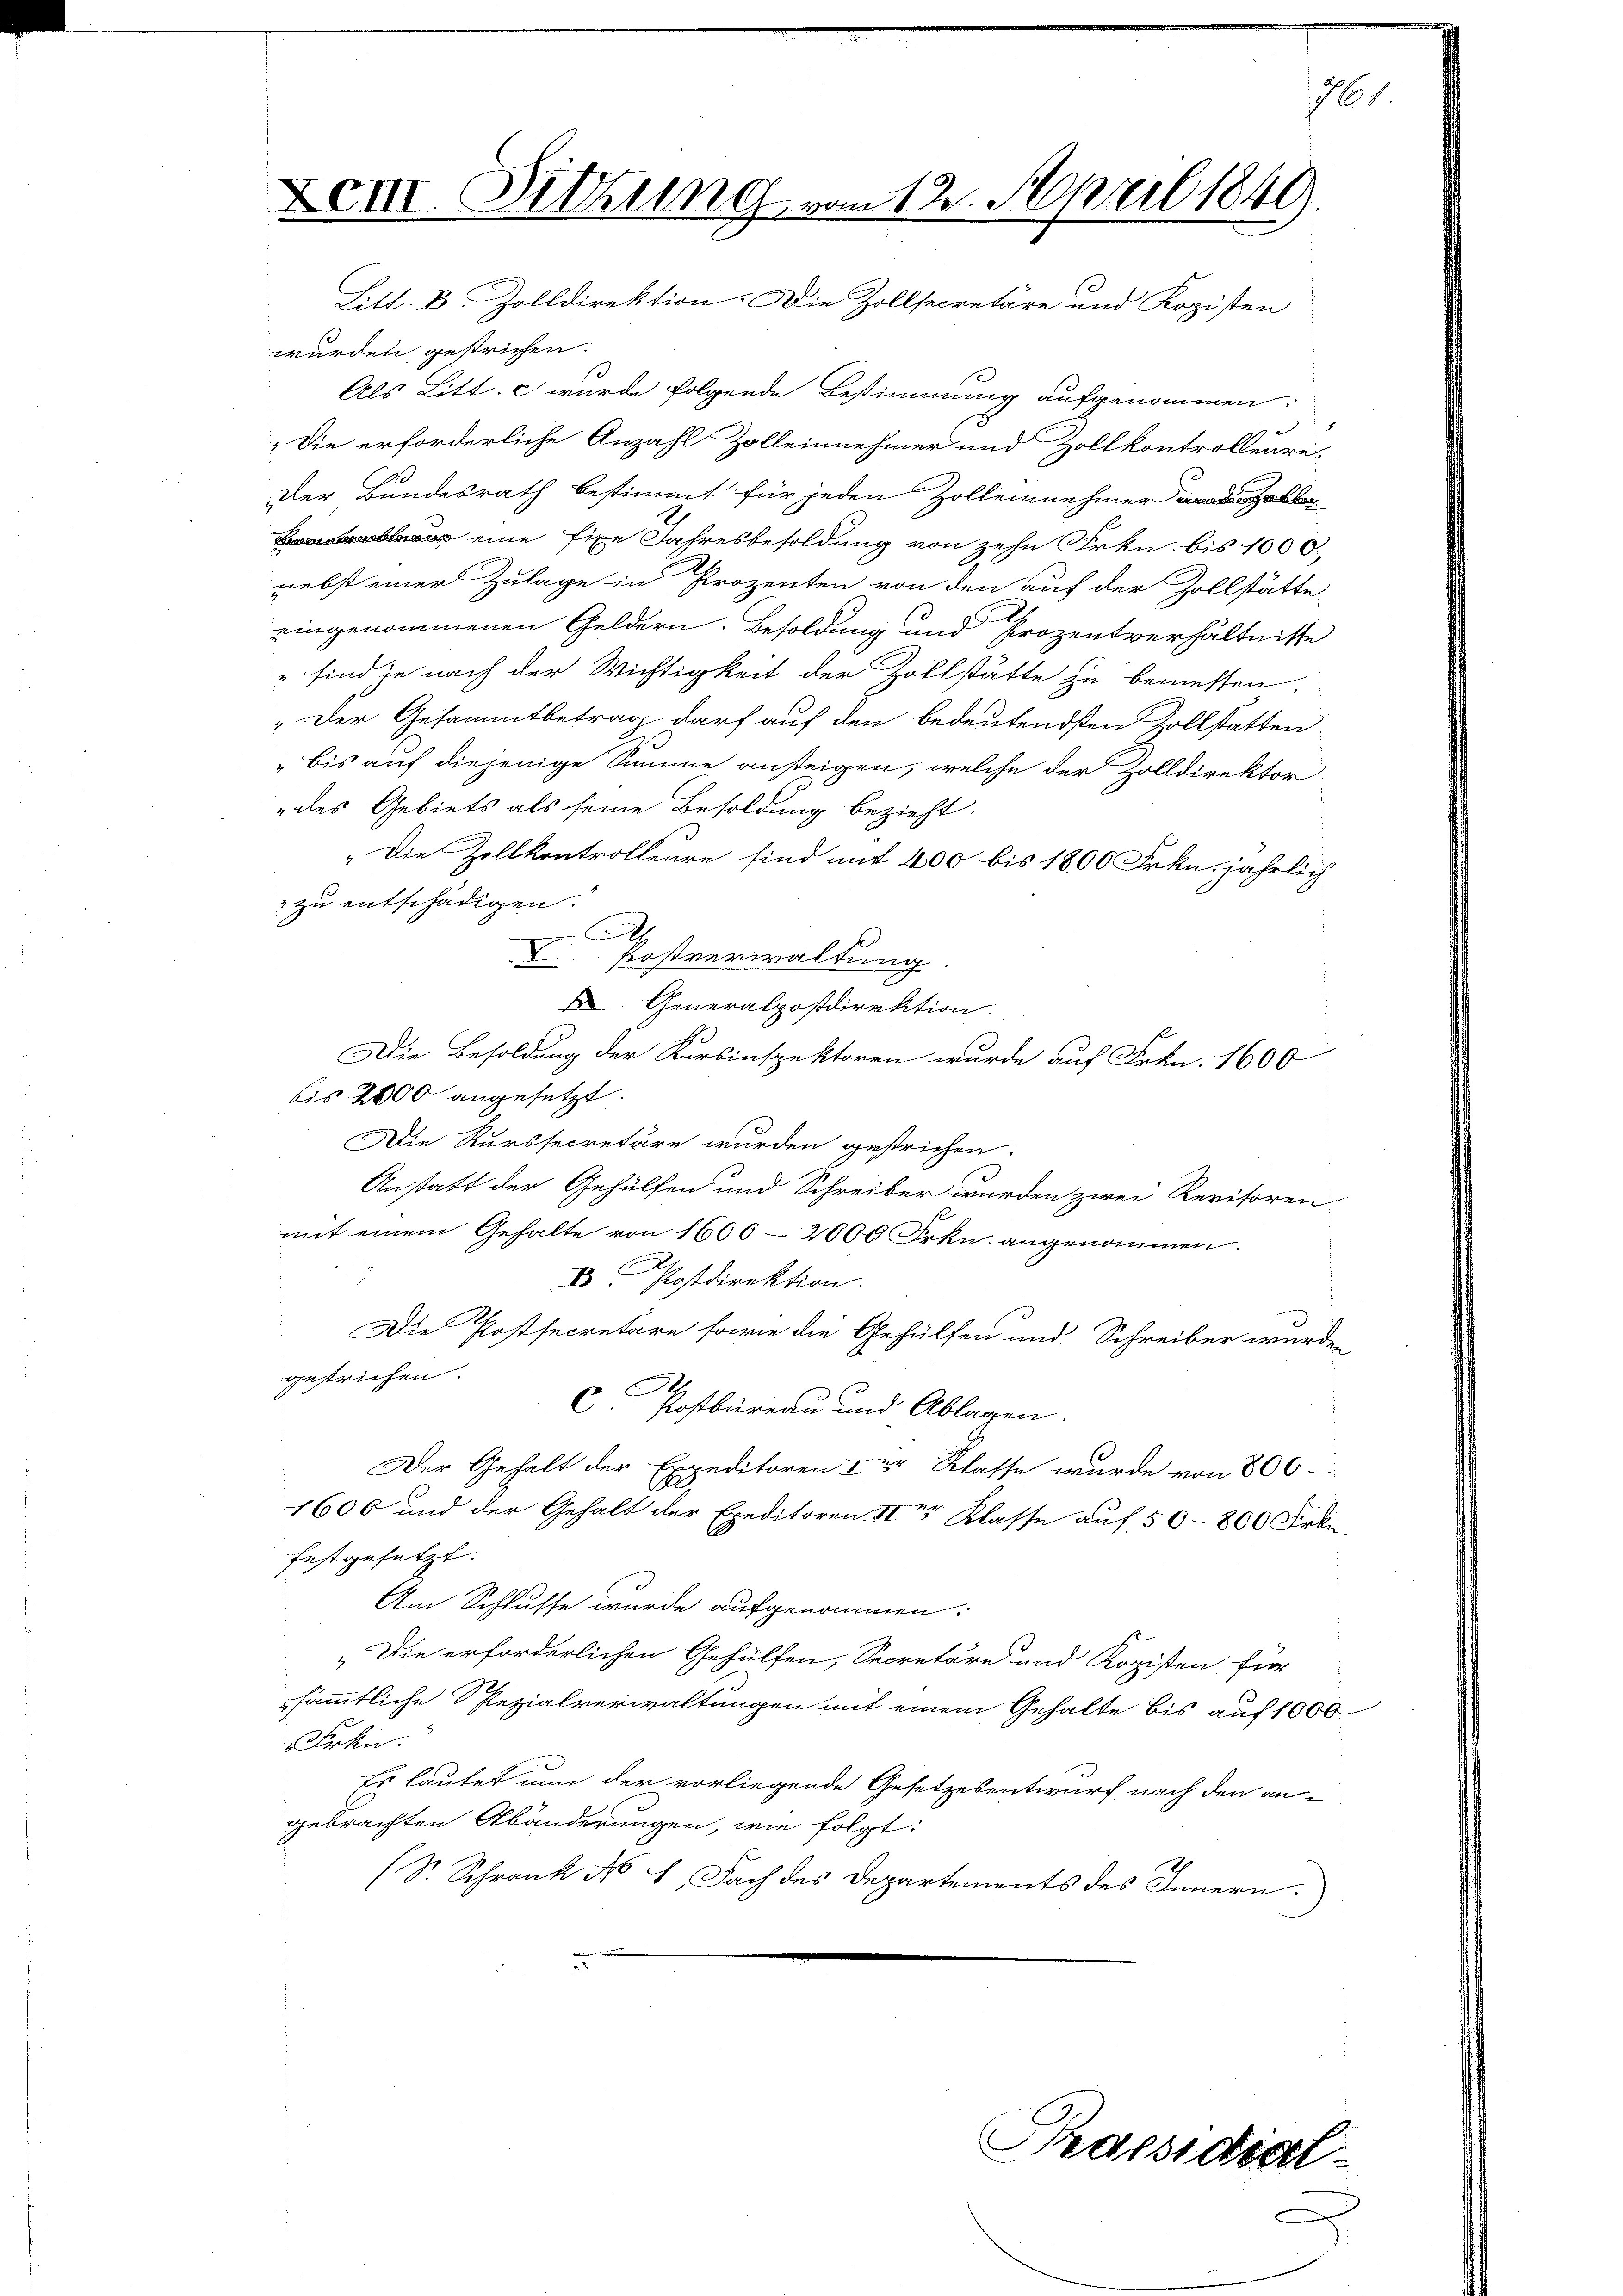
Len. Sitzung vom 12. April 1849.
Litt. D. Zolldirektion. Die Zollsecretäre und Kopisten

wurden, gestrichen.
Als Litt. c wurde folgende Bestimmung aufgenommen:
„Die erforderliche Anzahl Zolleinnehmer und Zollkontrollenre-
Der Bundesrath bestimmt für jeden Zollennehmer aber
 eine fixe Jahresbesoldung von zehn Frkn. bis 1000
nebst einer Zulage in Prozenten von den auf der Zollstätte
eingenommenen Geldern. Besoldung und Prozentverhältnisse
" sind je nach der Wichtigkeit der Zollstätte zu bemessen.
„Der Gesammtbetrag darf auf den bedeutendsten Zollstatten
" bis auf diejenige Summe ansteigen, welche der Zolldirektor
des Gebiets als seine Besoldung bezieht.
„Die Zollkontrolleure sind mit 400 bis 1800 Frkn. jährlich
 zu entschädigen.
A
L. Postverwaltung.
 Generalposdirektion
Die Besoldung der Kursinspektoren wurde auf Frkn. 1600
bis 2000 angesetzt.
Die Kurssecretäre wurden gestrichen.
Anstatt der Gehülfen und Schreiber wurden zwei Revisoren
mit einem Gehalte von 1600-2000 Frkn. angenommen.
.
IV. Postdirektion.
Die Postsecretäre sowie die Gehülfen und Schreiber wurden
gestrichen.
C Postbüreau und Ablagen.
Der Gehalt der Expeditoren & er Klasse wurde von 800 -
1606 und der Gehalt der Exeditoren IIter Klasse auf 50–800 Frkn.
festgesetzt.
Am Schlusse wurde aufgenommen:
„Die erforderlichen Gehülfen, Secretäre und Kopisten für
sämmtliche Spezialverwaltungen mit einem Gehalte bis auf 1000
Frkn.
Es lautet nun der vorliegende Gesetzesentwurf nach den an-
gebrachten Abänderungen, wie folgt:
(S. Schrank No 1. Fach des Departements des Innern.

Praesidial

161